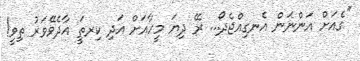
''ގެއަށް އަންނަން އެނގިއްޖެދޯ... ރޭ ދިޔަ މީހާއަށް އަދި ކިރތަީ އާދެވޭވަރު ތިވީ!